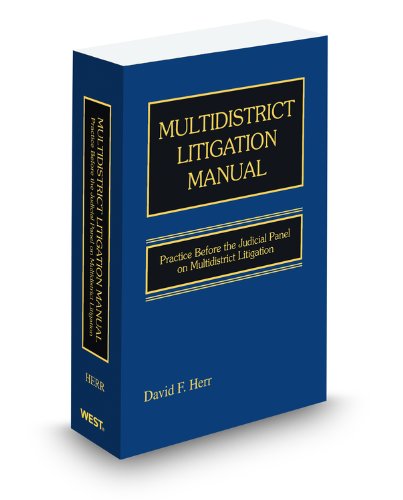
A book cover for Multidistrict Litigation Manual: Practice Before the Judicial Panel on Multidistrict Litigation, 2012 ed.; David Herr; Law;